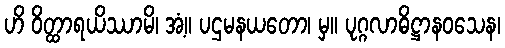
ဟိ ဝိတ္ထာရယိဿာမိ၊ အံ့။ ပဌမနယတော၊ မှ။ ပုဂ္ဂလာဓိဋ္ဌာနဝသေန၊